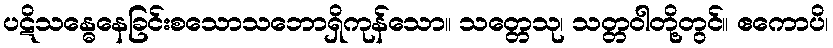
ပဋိသန္ဓေနေခြင်းစသောသဘောရှိကုန်သော။ သတ္တေသု၊ သတ္တဝါတို့တွင်။ ဧကောပိ၊